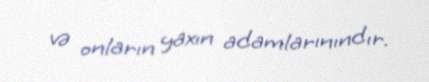
və onların yaxın adamlarınındır.